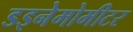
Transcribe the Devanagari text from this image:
डइनेमोमीटर